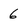
Character: 6